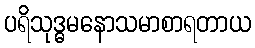
ပရိသုဒ္ဓမနောသမာစာရတာယ